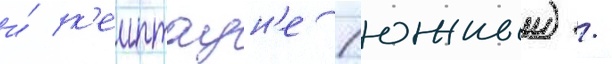
и́ к'еиптаун'е (южныи) /